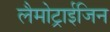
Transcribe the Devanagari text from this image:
लैमोट्राईजिन